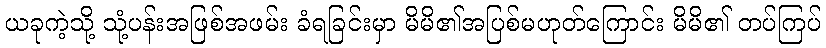
ယခုကဲ့သို့ သုံ့ပန်းအဖြစ်အဖမ်း ခံရခြင်းမှာ မိမိ၏အပြစ်မဟုတ်ကြောင်း မိမိ၏ တပ်ကြပ်